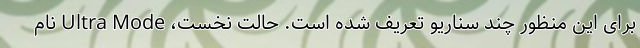
برای این منظور چند سناریو تعریف شده است. حالت نخست، Ultra Mode نام